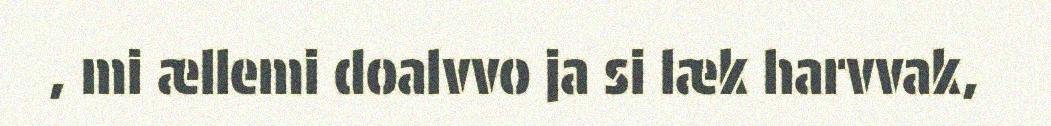
, mi ællemi doalvvo ja si læk harvvak,